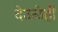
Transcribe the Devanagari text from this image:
देउळेही